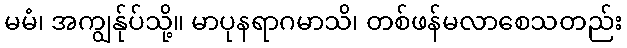
မမံ၊ အကျွန်ုပ်သို့။ မာပုနရာဂမာသိ၊ တစ်ဖန်မလာစေသတည်း